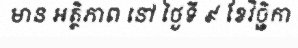
មាន អត្ថិភាព នៅ ថ្ងៃទី ៩ ខែវិច្ឆិកា